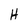
Character: H